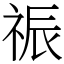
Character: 祳